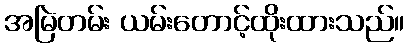
အမြဲတမ်း ယမ်းတောင့်ထိုးထားသည်။